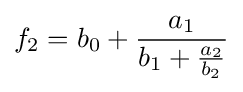
{f}_{2}={b}_{0}+{\frac {{a}_{1}}{{b}_{1}+{\frac {{a}_{2}}{{b}_{2}}}}}